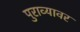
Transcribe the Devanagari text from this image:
पुराव्यावर